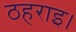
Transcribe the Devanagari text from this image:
ठहराइ।